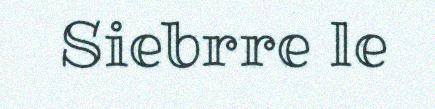
Siebrre le